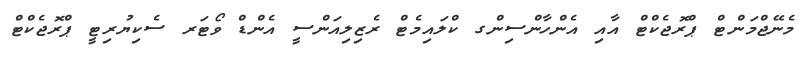
މެނޭޖްމަންޓް ޕްރޮޖެކްޓް އާއި އެންހާންސިންގ ކްލައިމެޓް ރެޒިލިއަންސީ އެންޑް ވޯޓަރ ސެކިޔުރިޓީ ޕްރޮޖެކްޓް